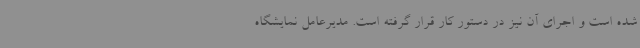
شده است و اجرای آن نیز در دستور کار قرار گرفته است. مدیرعامل نمایشگاه